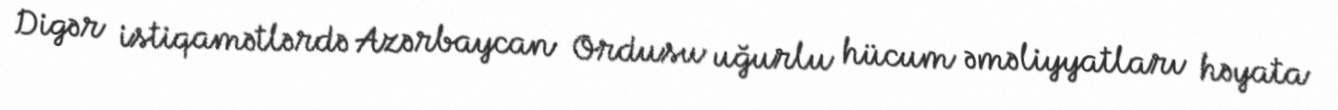
Digər istiqamətlərdə Azərbaycan Ordusu uğurlu hücum əməliyyatları həyata